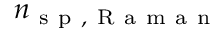
n _ { \mathrm { ~ s ~ p ~ } , \mathrm { ~ R ~ a ~ m ~ a ~ n ~ } }